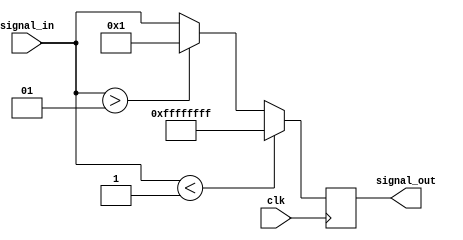
module signal_limiter (input                     clk,
	               input signed      [31:0] signal_in,
                       output reg signed [31:0] signal_out
                      );

always @(posedge clk) begin
    if (signal_in < -1)
        signal_out = -1;
    else if (signal_in > 1)
        signal_out = 1;
    else
        signal_out = signal_in;
end

endmodule